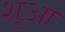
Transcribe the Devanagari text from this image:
शूआ